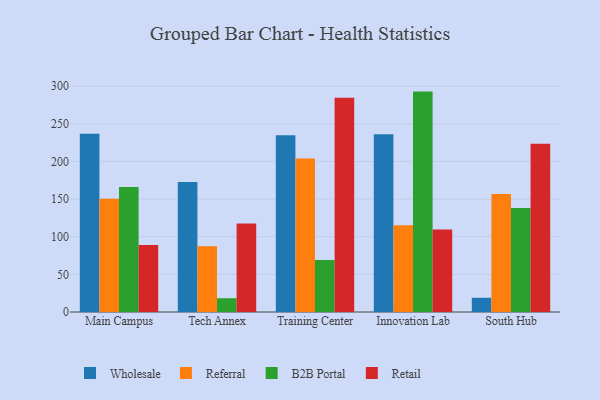
{"axis": {"x": "Campus", "y": "Backlog"}, "legend": ["B2B Portal", "Referral", "Retail", "Wholesale"], "data": [{"x": "Main Campus", "y": 236.7, "type": "Wholesale"}, {"x": "Main Campus", "y": 150.3, "type": "Referral"}, {"x": "Main Campus", "y": 165.9, "type": "B2B Portal"}, {"x": "Main Campus", "y": 89.1, "type": "Retail"}, {"x": "Tech Annex", "y": 172.6, "type": "Wholesale"}, {"x": "Tech Annex", "y": 87.2, "type": "Referral"}, {"x": "Tech Annex", "y": 18.3, "type": "B2B Portal"}, {"x": "Tech Annex", "y": 117.5, "type": "Retail"}, {"x": "Training Center", "y": 234.8, "type": "Wholesale"}, {"x": "Training Center", "y": 203.8, "type": "Referral"}, {"x": "Training Center", "y": 69.1, "type": "B2B Portal"}, {"x": "Training Center", "y": 284.7, "type": "Retail"}, {"x": "Innovation Lab", "y": 236.2, "type": "Wholesale"}, {"x": "Innovation Lab", "y": 115.3, "type": "Referral"}, {"x": "Innovation Lab", "y": 292.8, "type": "B2B Portal"}, {"x": "Innovation Lab", "y": 109.5, "type": "Retail"}, {"x": "South Hub", "y": 18.9, "type": "Wholesale"}, {"x": "South Hub", "y": 156.6, "type": "Referral"}, {"x": "South Hub", "y": 138.0, "type": "B2B Portal"}, {"x": "South Hub", "y": 223.6, "type": "Retail"}]}